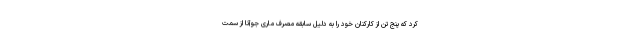
کرد که پنج تن از کارکنان خود را به دلیل سابقه مصرف ماری جوآنا از سمت